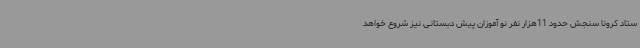
ستاد کرونا سنجش حدود 11هزار نفر نو آموزان پیش دبستانی نیز شروع خواهد